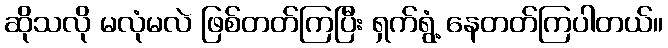
ဆိုသလို မလုံမလဲ ဖြစ်တတ်ကြပြီး ရှက်ရွံ့ နေတတ်ကြပါတယ်။